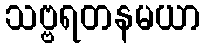
သဗ္ဗရတနမယာ